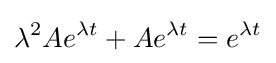
\lambda ^{2}Ae^{\lambda t}+Ae^{\lambda t}=e^{\lambda t}